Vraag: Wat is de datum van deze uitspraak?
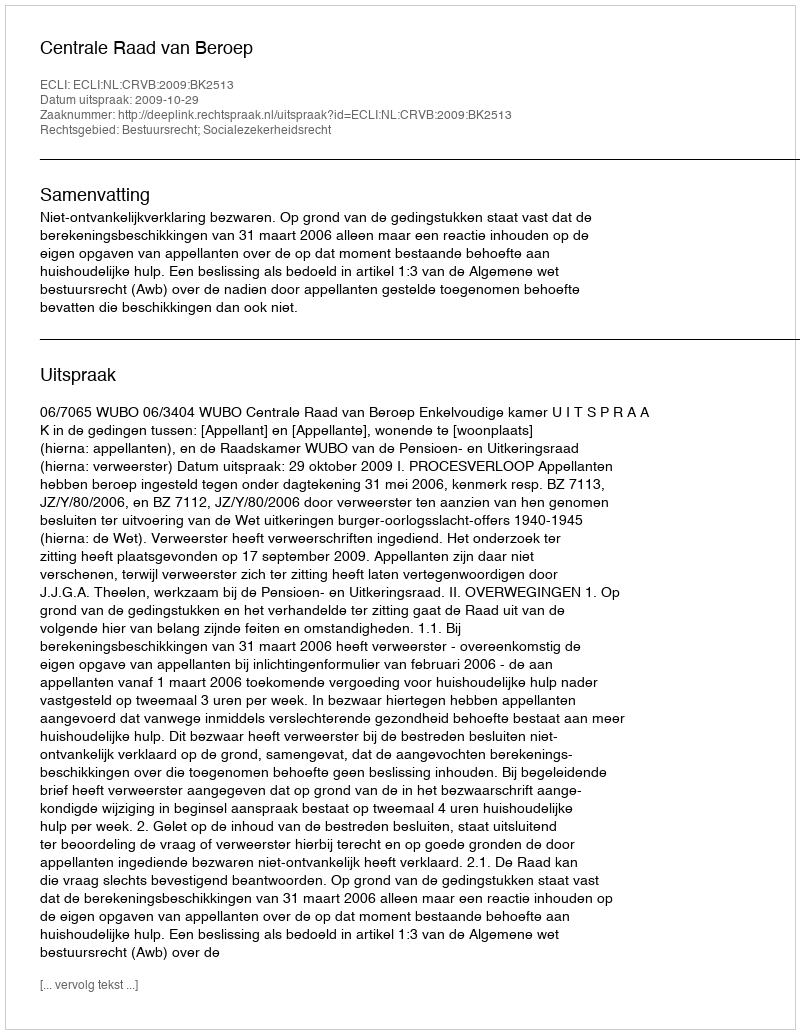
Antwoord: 2009-10-29